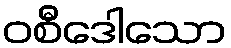
ဝစီဒေါသော